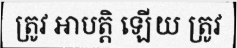
ត្រូវ អាបត្តិ ឡើយ ត្រូវ